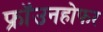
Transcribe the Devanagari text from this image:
फ्रॉउनहोफर